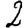
Digit: 2